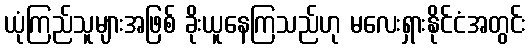
ယုံကြည်သူများအဖြစ် ခိုးယူနေကြသည်ဟု မလေးရှားနိုင်ငံအတွင်း